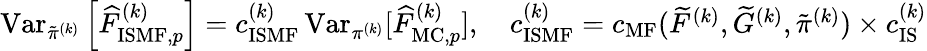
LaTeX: \begin{array}{r}{\operatorname{Var}_{\tilde{\pi}^{(k)}}\left[\widehat{F}_{\mathrm{ISMF},p}^{(k)}\right]=c_{\mathrm{ISMF}}^{(k)}\operatorname{Var}_{\pi^{(k)}}[\widehat{F}_{\mathrm{MC},p}^{(k)}],\quad c_{\mathrm{ISMF}}^{(k)}=c_{\mathrm{MF}}(\widetilde{F}^{(k)},\widetilde{G}^{(k)},\tilde{\pi}^{(k)})\times c_{\mathrm{IS}}^{(k)}}\end{array}